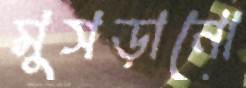
মুসড়ানো